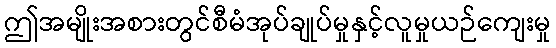
ဤအမျိုးအစားတွင်စီမံအုပ်ချုပ်မှုနှင့်လူမှုယဉ်ကျေးမှု